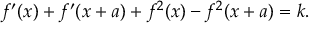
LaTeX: f ^ { \prime } ( x ) + f ^ { \prime } ( x + a ) + f ^ { 2 } ( x ) - f ^ { 2 } ( x + a ) = k .